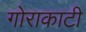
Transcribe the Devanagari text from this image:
गोराकाटी